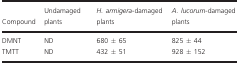
| Compound | Undamaged plants | H. armigera‐damaged plants | A. lucorum‐damaged plants |
 | --- | --- | --- | --- |
 | DMNT | ND | 680 ± 65 | 825 ± 44 |
 | TMTT | ND | 432 ± 51 | 928 ± 152 |